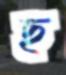
ছ